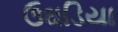
ઉઘડિયા